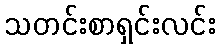
သတင်းစာရှင်းလင်း